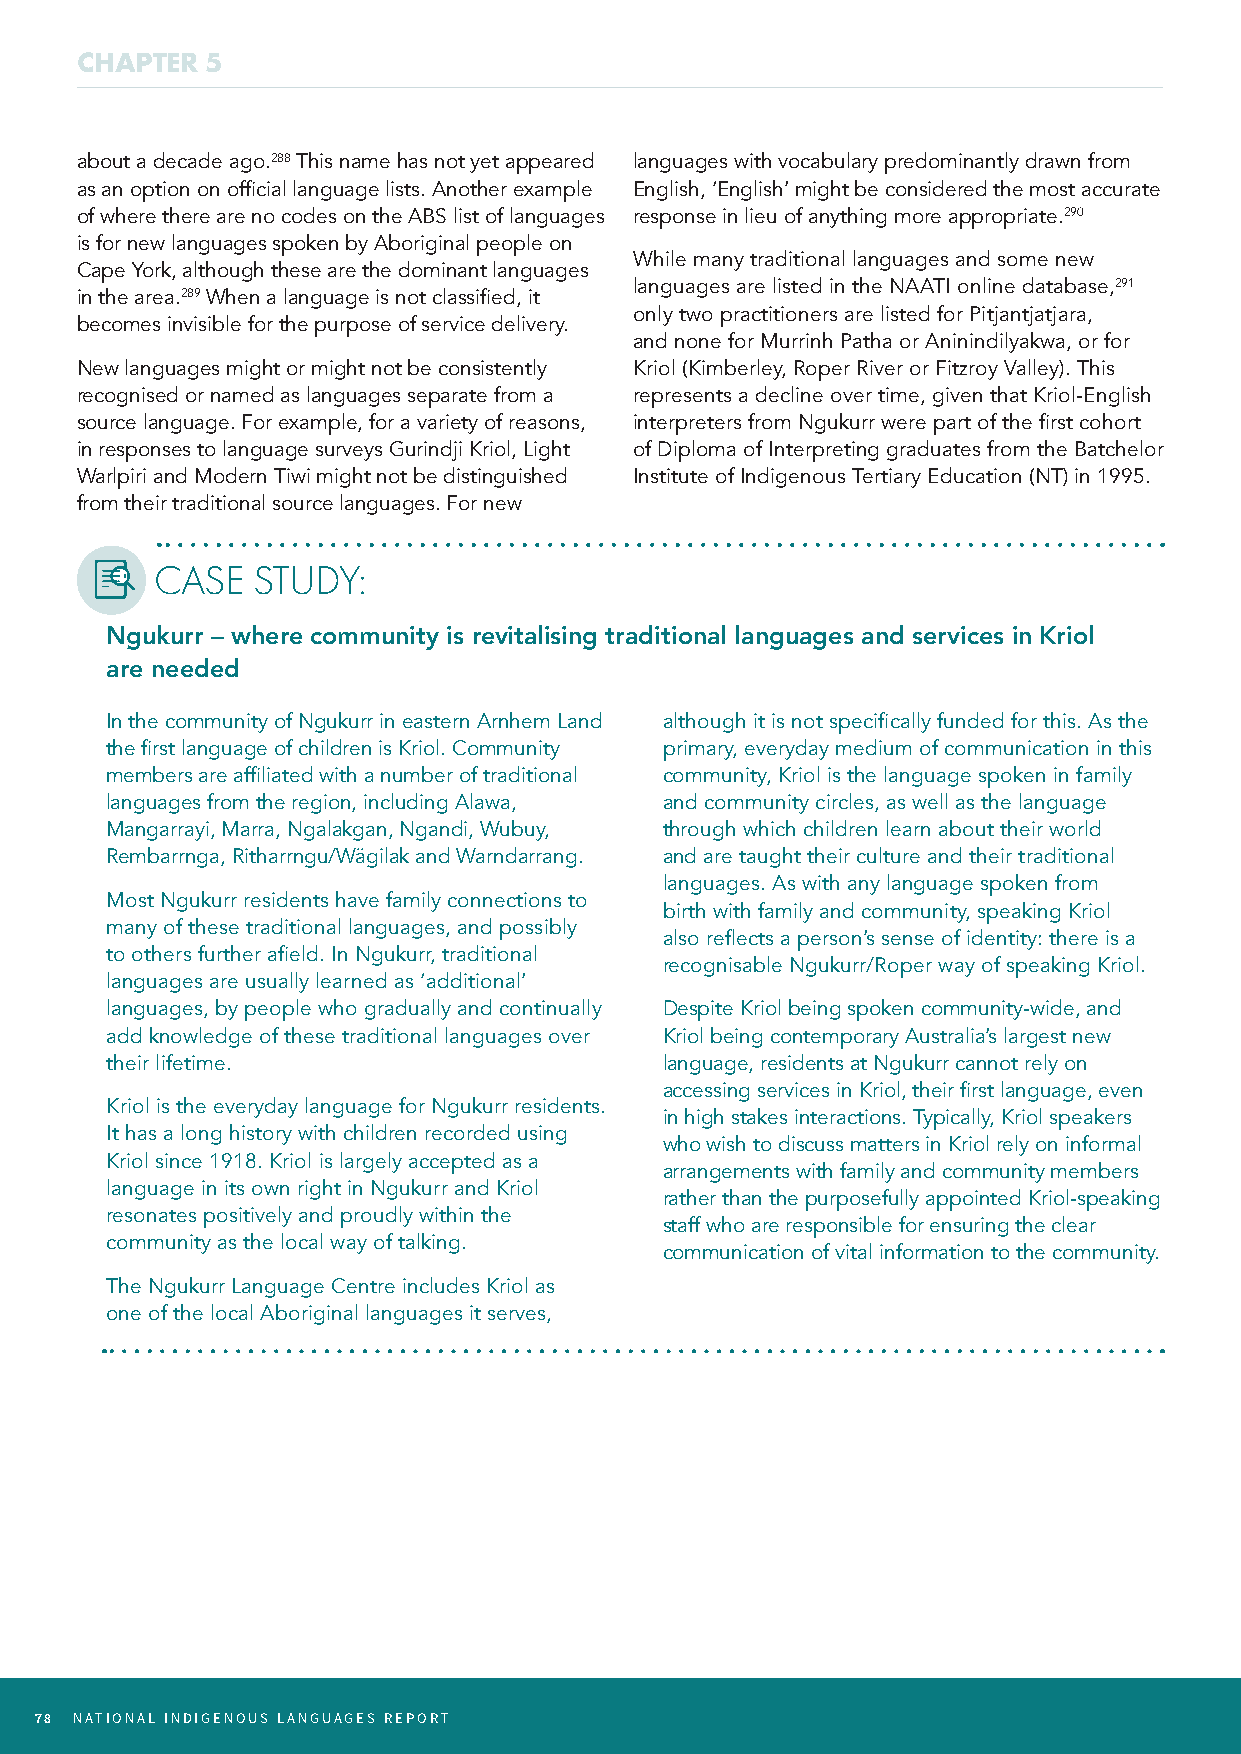
CHAPTER  5
 about a decade ago.288 This name has not yet appeared languages with vocabulary predominantly drawn from
 as an option on official language lists. Another example English, ‘English’ might be considered the most accurate
 of where there are no codes on the ABS list of languages response in lieu of anything more appropriate.290
 is for new languages spoken by Aboriginal people on
 While many traditional languages and some new
 Cape York, although these are the dominant languages
 languages are listed in the NAATI online database,291
 in the area.289 When a language is not classified, it
 only two practitioners are listed for Pitjantjatjara,
 becomes invisible for the purpose of service delivery.
 and none for Murrinh Patha or Aninindilyakwa, or for
 New languages might or might not be consistently Kriol (Kimberley, Roper River or Fitzroy Valley). This
 recognised or named as languages separate from a represents a decline over time, given that Kriol-English
 source language. For example, for a variety of reasons, interpreters from Ngukurr were part of the first cohort
 in responses to language surveys Gurindji Kriol, Light of Diploma of Interpreting graduates from the Batchelor
 Warlpiri and Modern Tiwi might not be distinguished Institute of Indigenous Tertiary Education (NT) in 1995.
 from their traditional source languages. For new
 CASE   STUDY:
 Ngukurr – where community is revitalising traditional languages and services in Kriol
 are needed
 In the community of Ngukurr in eastern Arnhem Land although it is not specifically funded for this. As the
 the first language of children is Kriol. Community primary, everyday medium of communication in this
 members are affiliated with a number of traditional community, Kriol is the language spoken in family
 languages from the region, including Alawa, and community circles, as well as the language
 Mangarrayi, Marra, Ngalakgan, Ngandi, Wubuy, through which children learn about their world
 Rembarrnga, Ritharrngu/Wägilak and Warndarrang. and are taught their culture and their traditional
 languages. As with any language spoken from
 Most Ngukurr residents have family connections to
 birth with family and community, speaking Kriol
 many of these traditional languages, and possibly
 also reflects a person’s sense of identity: there is a
 to others further afield. In Ngukurr, traditional
 recognisable Ngukurr/Roper way of speaking Kriol.
 languages are usually learned as ‘additional’
 languages, by people who gradually and continually Despite Kriol being spoken community-wide, and
 add knowledge of these traditional languages over Kriol being contemporary Australia’s largest new
 their lifetime.                      language, residents at Ngukurr cannot rely on
 accessing services in Kriol, their first language, even
 Kriol is the everyday language for Ngukurr residents.
 in high stakes interactions. Typically, Kriol speakers
 It has a long history with children recorded using
 who wish to discuss matters in Kriol rely on informal
 Kriol since 1918. Kriol is largely accepted as a
 arrangements with family and community members
 language in its own right in Ngukurr and Kriol
 rather than the purposefully appointed Kriol-speaking
 resonates positively and proudly within the
 staff who are responsible for ensuring the clear
 community as the local way of talking.
 communication of vital information to the community.
 The Ngukurr Language Centre includes Kriol as
 one of the local Aboriginal languages it serves,
 78 NATIONAL INDIGENOUS LANGUAGES REPORT